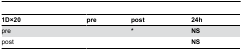
| 1D×20 | pre | post | 24h |
 | --- | --- | --- | --- |
 | pre |  | * | NS |
 | post |  |  | NS |